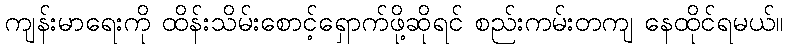
ကျန်းမာရေးကို ထိန်းသိမ်းစောင့်ရှောက်ဖို့ဆိုရင် စည်းကမ်းတကျ နေထိုင်ရမယ်။